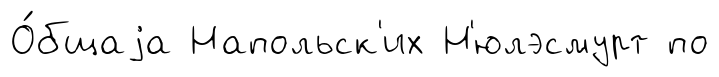
О́бщаjа Напольск'их Н'юлэсмурт по